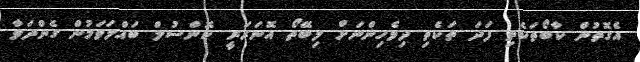
އެގޮތުން ކާބޯތަކެތި ފަދަ ތަކެތި ދިވެހިންނަށް ލިބޭތޯ އޮނަރަރީ ކޮންސުލް ބައްލަވަމުން ގެންދަވާ